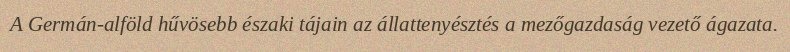
A Germán-alföld hűvösebb északi tájain az állattenyésztés a mezőgazdaság vezető ágazata.